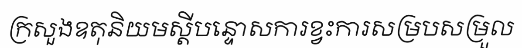
ក្រសួងឧតុនិយមស្តីបន្ទោសការខ្វះការសម្របសម្រួល